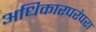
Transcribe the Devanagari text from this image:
अधिकारपरंपरा